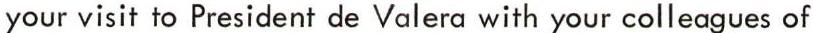
your visit to President de Valera with your colleagues of